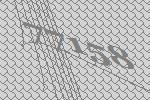
77158